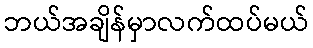
ဘယ်အချိန်မှာလက်ထပ်မယ်